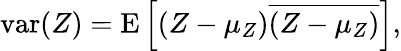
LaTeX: \operatorname{var}(Z)=\operatorname{E}\left[(Z-\mu_{Z}){\overline{{(Z-\mu_{Z})}}}\right],